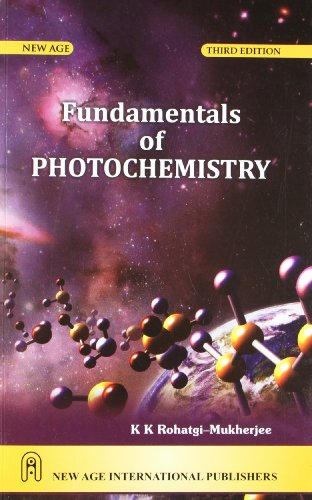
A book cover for Fundamentals of Photochemistry; K. Rohatgi; Science & Math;